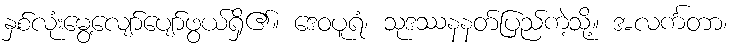
နှစ်လုံးမွေ့လျော်ပျော်ဖွယ်ရှိ၏။ ဒေဝပူရံ၊ သုဒဿနနတ်ပြည်ကဲ့သို့။ အလင်္ကတာ၊